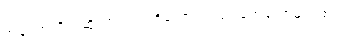
အခုပုံအတိုင်းဆိုရင် ကျုပ်တို့တော့ အလုပ်ပြုတ်တော့မှာပဲ စလင်း